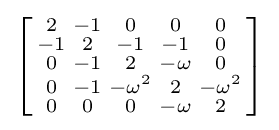
\left[{\begin{smallmatrix}2&-1&0&0&0\\-1&2&-1&-1&0\\0&-1&2&-\omega &0\\0&-1&-\omega ^{2}&2&-\omega ^{2}\\0&0&0&-\omega &2\end{smallmatrix}}\right]